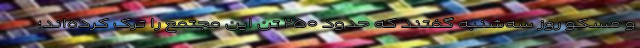
و مسکو روز سه‌شنبه گفتند که حدود ۲۵۰ تن این مجتمع را ترک کرده‌اند؛